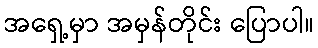
အရှေ့မှာ အမှန်တိုင်း ပြောပါ။